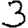
Digit: 3